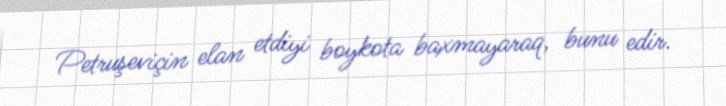
Petruşeviçin elan etdiyi boykota baxmayaraq, bunu edir.